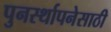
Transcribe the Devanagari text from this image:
पुनर्स्थापनेसाठी